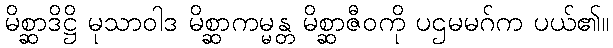
မိစ္ဆာဒိဋ္ဌိ မုသာဝါဒ မိစ္ဆာကမ္မန္တ မိစ္ဆာဇီဝကို ပဌမမဂ်က ပယ်၏။